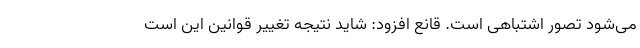
می‌شود تصور اشتباهی است. قانع افزود: شاید نتیجه تغییر قوانین این است